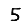
Digit: 5